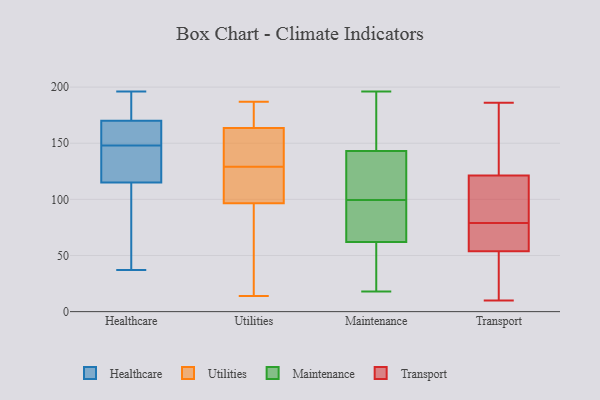
{"axis": {"x": "Waste Production (Tons)", "y": "Value"}, "legend": ["Healthcare", "Maintenance", "Transport", "Utilities"], "data": [{"x": "", "y": 168, "type": "Healthcare"}, {"x": "", "y": 123, "type": "Healthcare"}, {"x": "", "y": 173, "type": "Healthcare"}, {"x": "", "y": 189, "type": "Healthcare"}, {"x": "", "y": 149, "type": "Healthcare"}, {"x": "", "y": 186, "type": "Healthcare"}, {"x": "", "y": 196, "type": "Healthcare"}, {"x": "", "y": 105, "type": "Healthcare"}, {"x": "", "y": 159, "type": "Healthcare"}, {"x": "", "y": 37, "type": "Healthcare"}, {"x": "", "y": 147, "type": "Healthcare"}, {"x": "", "y": 115, "type": "Healthcare"}, {"x": "", "y": 129, "type": "Healthcare"}, {"x": "", "y": 169, "type": "Healthcare"}, {"x": "", "y": 114, "type": "Healthcare"}, {"x": "", "y": 170, "type": "Healthcare"}, {"x": "", "y": 38, "type": "Healthcare"}, {"x": "", "y": 135, "type": "Healthcare"}, {"x": "", "y": 53, "type": "Utilities"}, {"x": "", "y": 185, "type": "Utilities"}, {"x": "", "y": 30, "type": "Utilities"}, {"x": "", "y": 153, "type": "Utilities"}, {"x": "", "y": 99, "type": "Utilities"}, {"x": "", "y": 14, "type": "Utilities"}, {"x": "", "y": 149, "type": "Utilities"}, {"x": "", "y": 187, "type": "Utilities"}, {"x": "", "y": 103, "type": "Utilities"}, {"x": "", "y": 94, "type": "Utilities"}, {"x": "", "y": 154, "type": "Utilities"}, {"x": "", "y": 38, "type": "Utilities"}, {"x": "", "y": 179, "type": "Utilities"}, {"x": "", "y": 169, "type": "Utilities"}, {"x": "", "y": 167, "type": "Utilities"}, {"x": "", "y": 101, "type": "Utilities"}, {"x": "", "y": 139, "type": "Utilities"}, {"x": "", "y": 160, "type": "Utilities"}, {"x": "", "y": 108, "type": "Utilities"}, {"x": "", "y": 119, "type": "Utilities"}, {"x": "", "y": 82, "type": "Maintenance"}, {"x": "", "y": 177, "type": "Maintenance"}, {"x": "", "y": 159, "type": "Maintenance"}, {"x": "", "y": 32, "type": "Maintenance"}, {"x": "", "y": 92, "type": "Maintenance"}, {"x": "", "y": 107, "type": "Maintenance"}, {"x": "", "y": 18, "type": "Maintenance"}, {"x": "", "y": 42, "type": "Maintenance"}, {"x": "", "y": 92, "type": "Maintenance"}, {"x": "", "y": 108, "type": "Maintenance"}, {"x": "", "y": 127, "type": "Maintenance"}, {"x": "", "y": 196, "type": "Maintenance"}, {"x": "", "y": 123, "type": "Transport"}, {"x": "", "y": 82, "type": "Transport"}, {"x": "", "y": 65, "type": "Transport"}, {"x": "", "y": 66, "type": "Transport"}, {"x": "", "y": 79, "type": "Transport"}, {"x": "", "y": 10, "type": "Transport"}, {"x": "", "y": 185, "type": "Transport"}, {"x": "", "y": 50, "type": "Transport"}, {"x": "", "y": 18, "type": "Transport"}, {"x": "", "y": 116, "type": "Transport"}, {"x": "", "y": 186, "type": "Transport"}, {"x": "", "y": 84, "type": "Transport"}, {"x": "", "y": 22, "type": "Transport"}, {"x": "", "y": 162, "type": "Transport"}, {"x": "", "y": 78, "type": "Transport"}]}